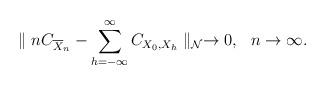
LaTeX: \begin{align*}\parallel nC_{\overline{X}_{n}}-\sum \limits_{h=-\infty}^\infty{C_{X_{0},X_{h}}}\parallel_{\mathcal{N}} \rightarrow 0, \ \ n\rightarrow\infty.\end{align*}